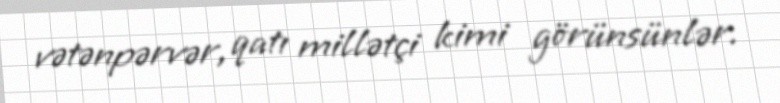
vətənpərvər, qatı millətçi kimi görünsünlər.